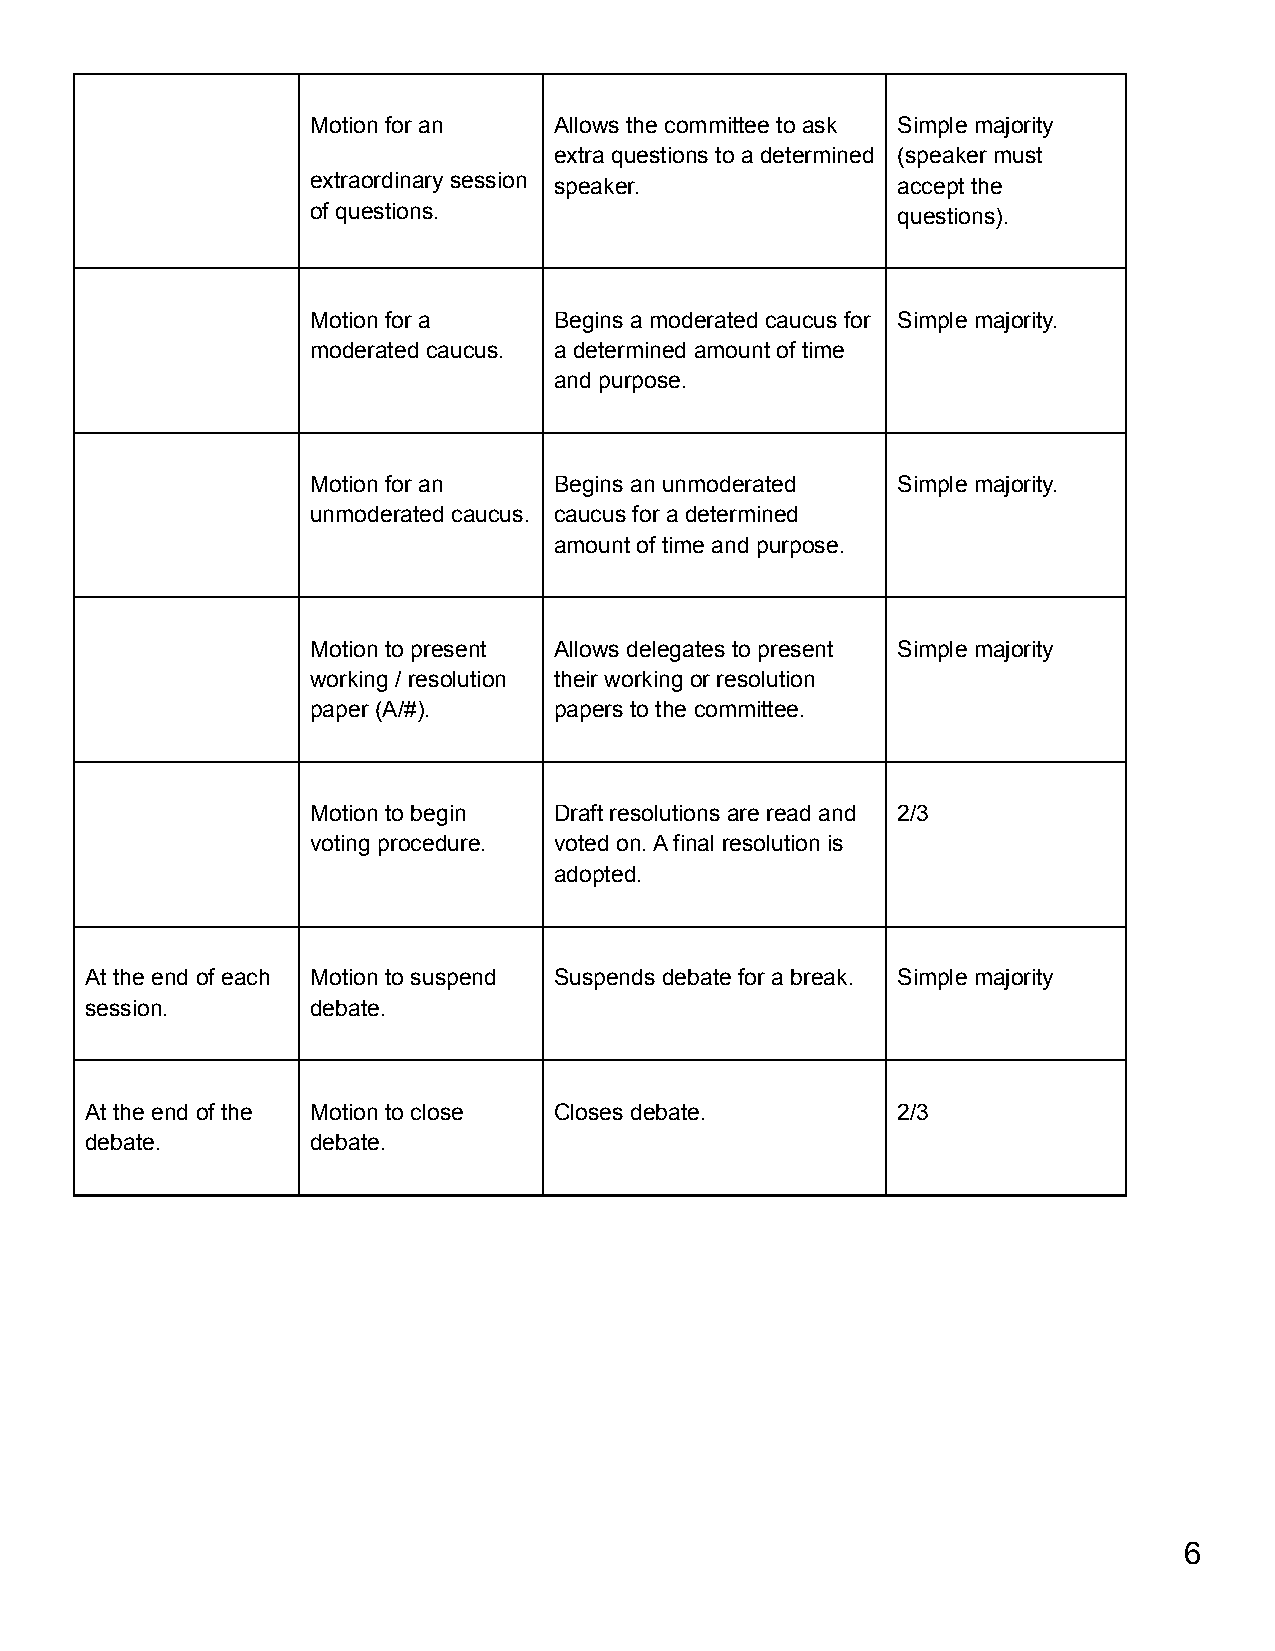
Motion for an   Allows the committee to ask Simple majority
 extra questions to a determined (speaker must
 extraordinary session speaker.        accept the
 of questions.                         questions).
 Motion for a    Begins a moderated caucus for Simple majority.
 moderated caucus. a determined amount of time
 and purpose.
 Motion for an   Begins an unmoderated Simple majority.
 unmoderated caucus. caucus for a determined
 amount of time and purpose.
 Motion to present Allows delegates to present Simple majority
 working / resolution their working or resolution
 paper (A/#).    papers to the committee.
 Motion to begin Draft resolutions are read and 2/3
 voting procedure. voted on. A final resolution is
 adopted.
 At the end of each Motion to suspend Suspends debate for a break. Simple majority
 session.       debate.
 At the end of the Motion to close Closes debate.     2/3
 debate.        debate.
 6